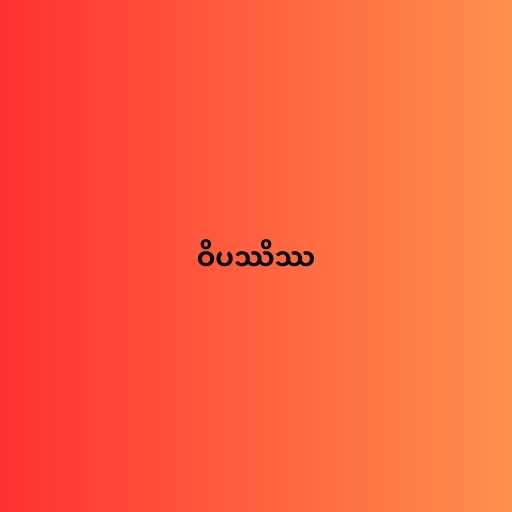
ဝိပဿိဿ